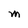
Character: M